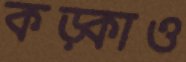
কড়্‌কাও